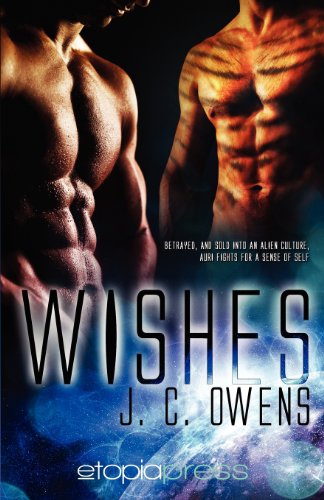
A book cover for Wishes; J. C. Owens; Romance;